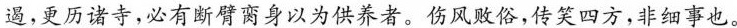
遏，更历诸寺，必有断臂脔身以为供养者。伤风败俗，传笑四方，非细事也。